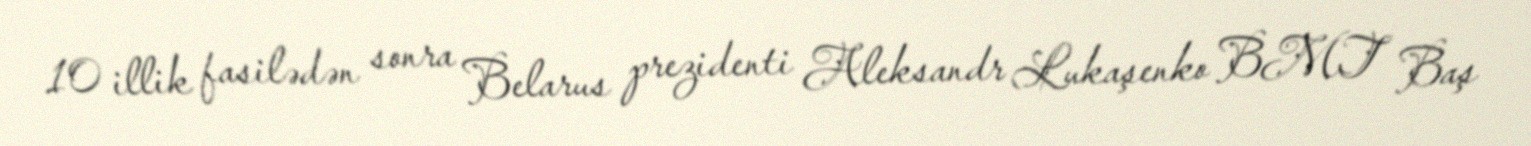
10 illik fasilədən sonra Belarus prezidenti Aleksandr Lukaşenko BMT Baş